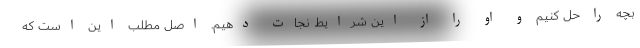
بچه را حل کنیم و او را از این شرایط نجات دهیم. اصل مطلب این است که